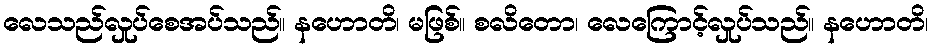
လေသည်လှုပ်စေအပ်သည်။ နဟောတိ၊ မဖြစ်။ စလိတော၊ လေကြောင့်လှုပ်သည်။ နဟောတိ၊